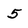
Character: 5